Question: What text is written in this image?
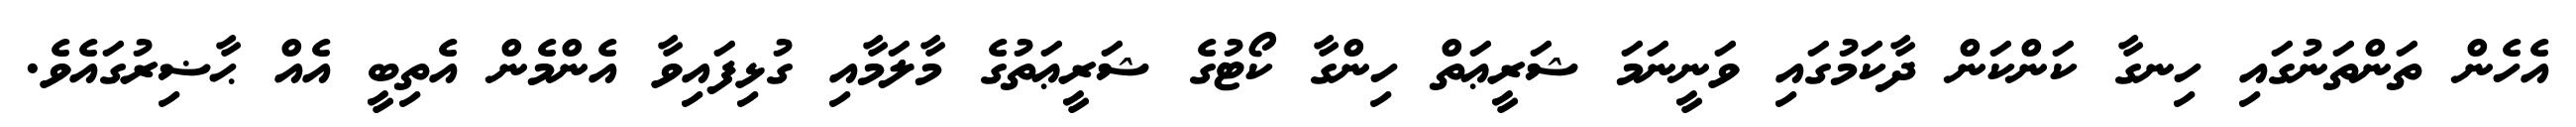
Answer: އެހެން ތަންތަނުގައި ހިނގާ ކަންކަން ދާކަމުގައި ވަނީނަމަ ޝަރީޢަތް ހިންގާ ކޯޓުގެ ޝަރީޢަތުގެ މާލަމާއި ގުޅިފައިވާ އެންމެން އެތިބީ އެއް ޙާޟިރުގައެވެ.